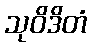
သုဝိဒိတံ